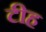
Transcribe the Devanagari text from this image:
टीह